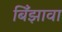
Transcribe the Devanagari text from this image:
बिँझावा